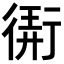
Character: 𢕁